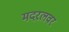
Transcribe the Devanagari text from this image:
मदरलवर